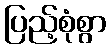
ပြည့်စုံစွာ